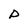
Character: P